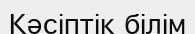
Кәсіптік білім